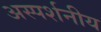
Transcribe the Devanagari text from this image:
अस्पर्शनीय